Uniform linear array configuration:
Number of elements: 24
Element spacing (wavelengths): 0.5
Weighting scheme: blackman
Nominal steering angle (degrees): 60
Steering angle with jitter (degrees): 61.588
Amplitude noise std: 0.05
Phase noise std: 0.05

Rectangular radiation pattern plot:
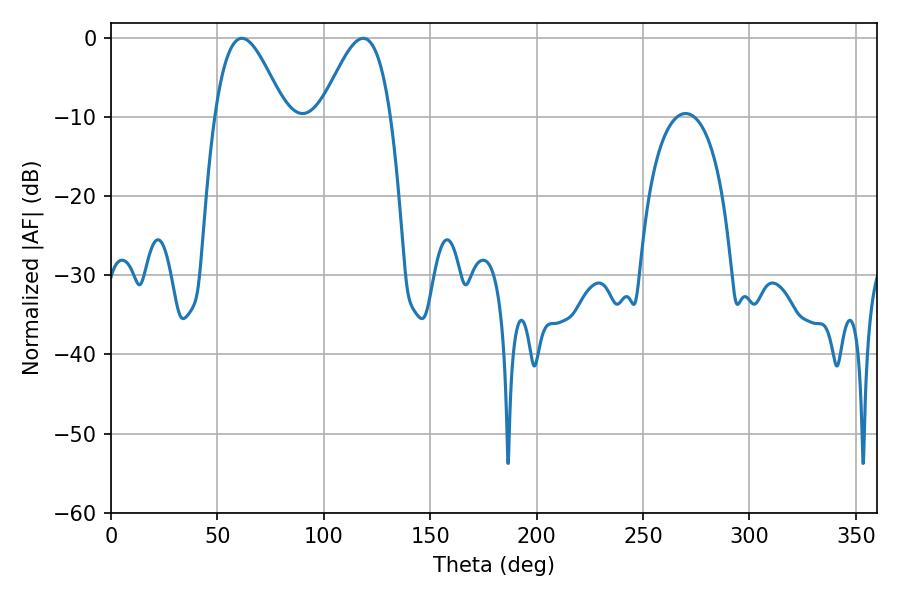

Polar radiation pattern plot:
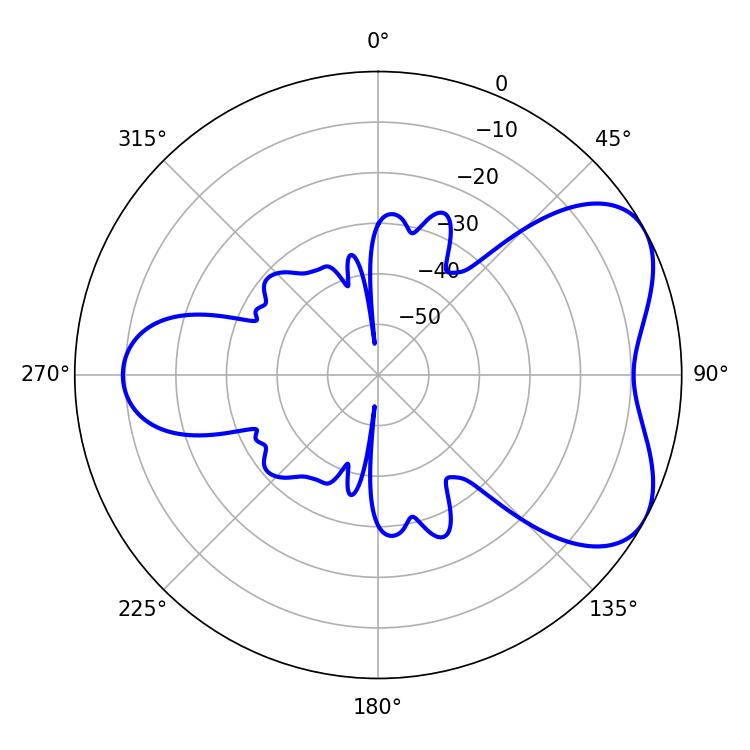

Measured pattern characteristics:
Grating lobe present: FALSE
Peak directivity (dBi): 5.344
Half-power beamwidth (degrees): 17.64
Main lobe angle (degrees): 61.56